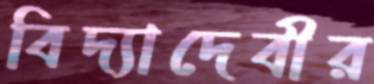
বিদ্যাদেবীর